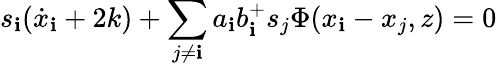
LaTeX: s_{\mathbf{i}}(\dot{{x}}_{\mathbf{i}}+2k)+\sum_{j\neq\mathbf{i}}a_{\mathbf{i}}b_{\mathbf{i}}^{+}s_{j}\Phi(x_{\mathbf{i}}-x_{j},z)=0